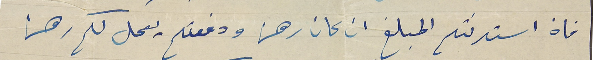
فان استدنتم المبلغ ان كان رهن ودفعتم يعمل لكم رهن